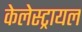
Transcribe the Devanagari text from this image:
केलेस्ट्रायल